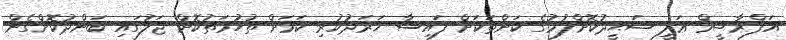
އަފްރާޝީމް ޢަލީ ޝަޙީދުކޮށްލުމުގެ ކަންތަކަށް ފައިސާ ޚަރަދުކުރި ކަމަށް ތުހުމަތުކޮށް ޖަލުގައި ބަންދުކޮށްގެން